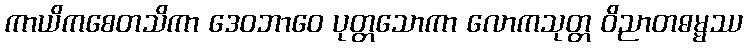
ကာယိကစေတသိကာ ဒေဝဘာဝေ ပုတ္တသောကာ လောကသုတ္တ ဝိညာတဓမ္မဿ